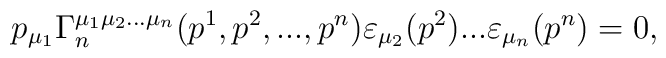
p_{\mu_1}\Gamma_n^{\mu_1\mu_2...\mu_n}(p^1,p^2,...,p^n)  \varepsilon_{\mu_2}(p^2)...\varepsilon_{\mu_n}(p^n)=0,